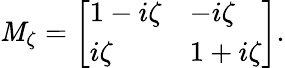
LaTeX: \mathit{M}_{\zeta}=\left[\begin{array}{ll}{1-i\zeta}&{-i\zeta}\\ {i\zeta}&{1+i\zeta}\end{array}\right].